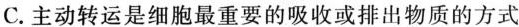
C.主动转运是细胞最重要的吸收或排出物质的方式